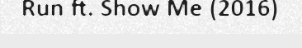
Run ft. Show Me (2016)